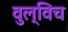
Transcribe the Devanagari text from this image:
वुल्विच